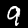
Label: 9